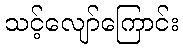
သင့်လျော်ကြောင်း